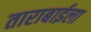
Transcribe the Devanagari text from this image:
ताराबाईला